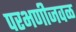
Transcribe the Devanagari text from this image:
परभणीजवळ